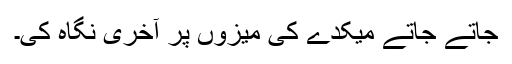
جاتے جاتے میکدے کی میزوں پر آخری نگاہ کی۔